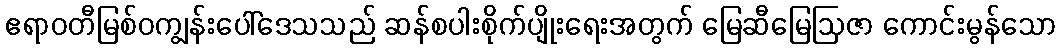
ဧရာဝတီမြစ်ဝကျွန်းပေါ်ဒေသသည် ဆန်စပါးစိုက်ပျိုးရေးအတွက် မြေဆီမြေဩဇာ ကောင်းမွန်သော